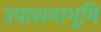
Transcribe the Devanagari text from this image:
उपासनाभूमि